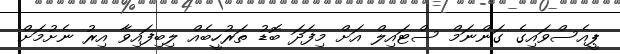
ޕީއެސްވައިގެ ގަންނަމް ސްޓައިލް އަށް މިފަދަ ބޮޑު ތަރުހީބެއް ލިބިފައިވާ އިރު ނެށުމަށް